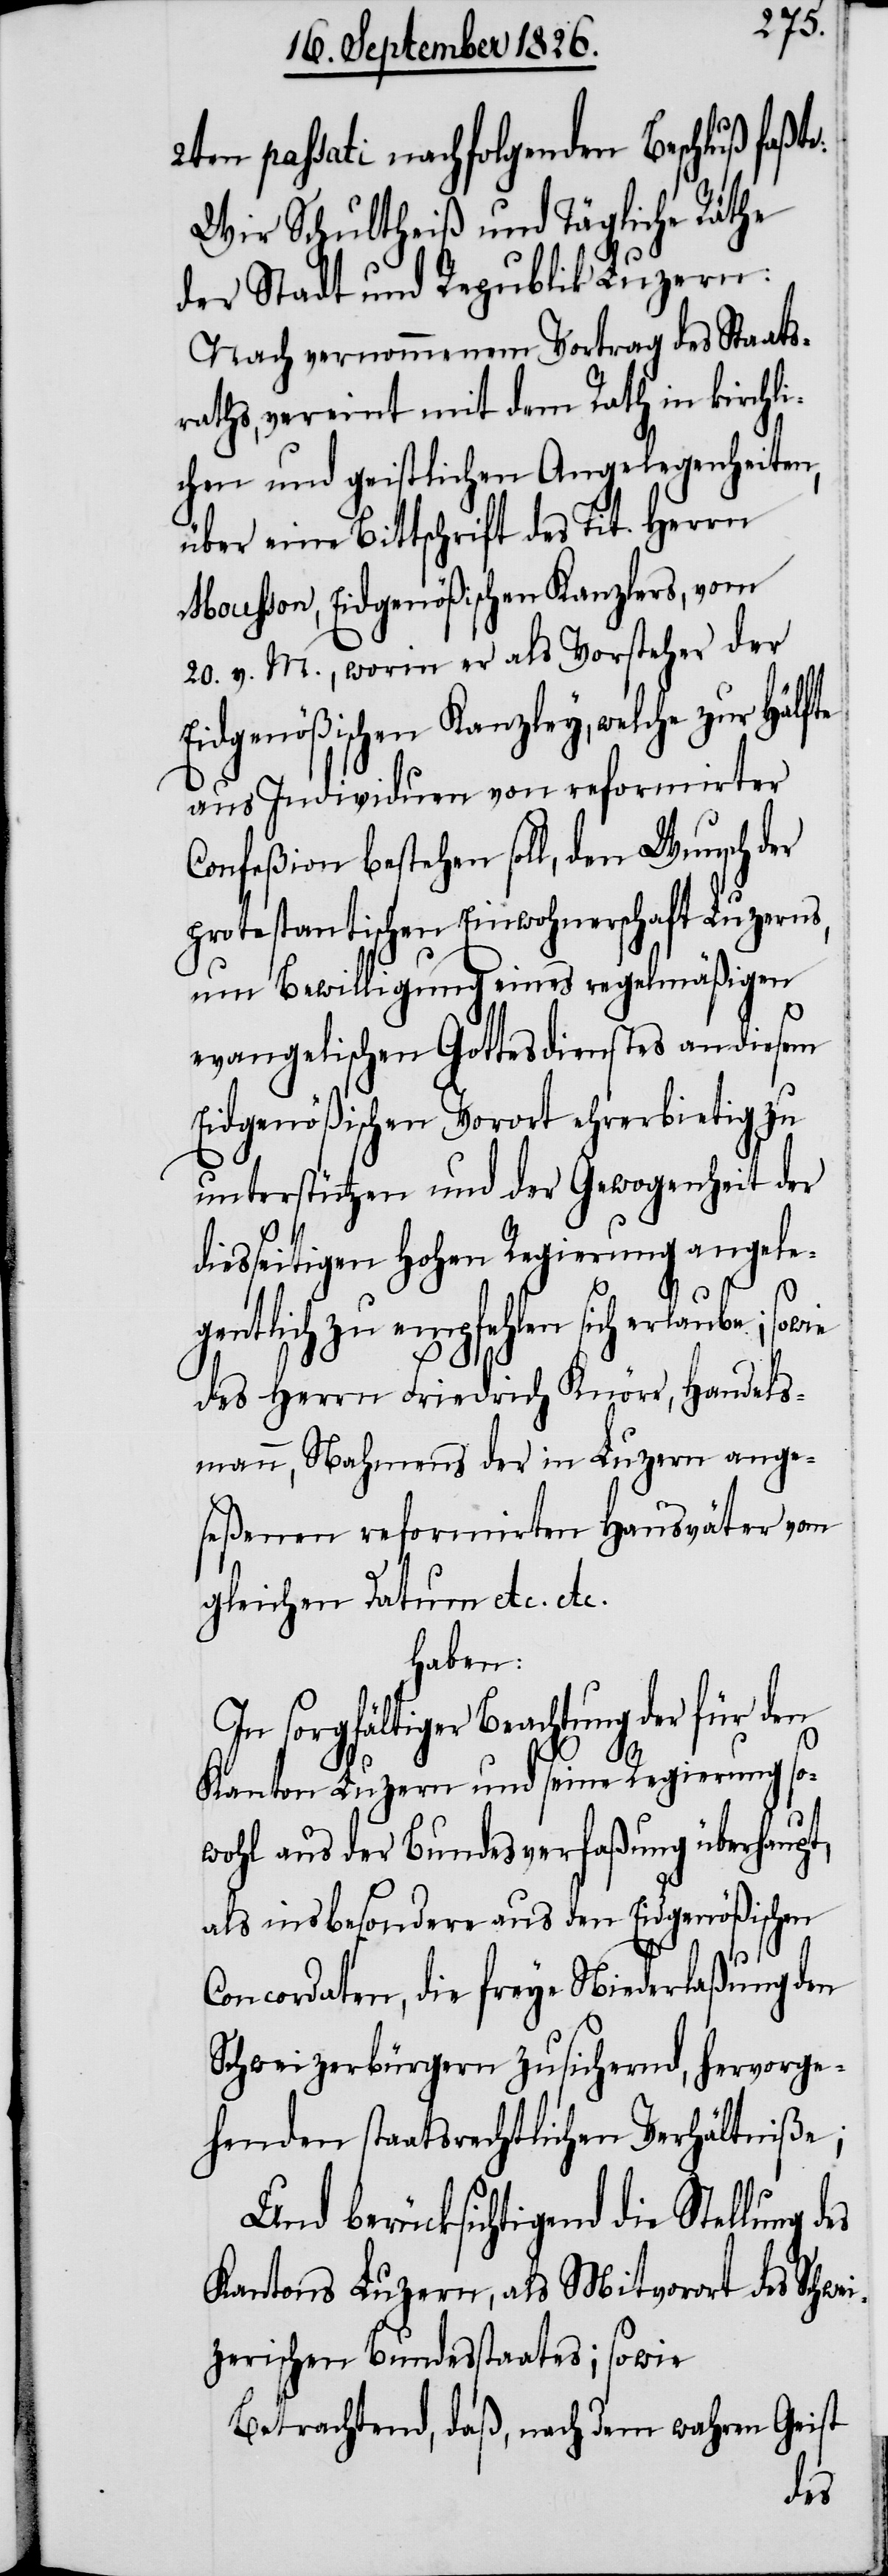
2ten passati nachfolgenden Beschluß faßte:
Wir Schultheiß und Tägliche Räthe
der Stadt und Republik Luzern:
Nach vernommenem Vortrag des Staats¬
raths, vereint mit dem Rath in kirchli¬
chen und geistlichen Angelegenheiten,
über eine Bittschrift des Tit. Herrn
Mousson, Eidgenößischen Kanzlers, vom
20. v. M., worin er als Vorsteher der
Eidgenößischen Kanzley, welche zur Hälf¬
aus Individuen von reformirter
Confeßion bestehen soll, den Wunsch der
protestantischen Einwohnerschaft Luzerns,
um Bewilligung eines regelmäßigen
evangelischen Gottesdienstes an diesem
Eidgenößischen Vorort ehrerbietig zu
unterstützen und der Gewogenheit der
diesseitigen hohen Regierung angele¬
gentlich zu empfehlen sich erlaube;
des Herrn Friedrich Knörr, Handels¬
mann, Nahmens der in Luzern ange¬
seßenen reformirten Hausväter vom
gleichen Datum etc. etc.
haben:
sorgfältiger Beachtung der für
Kanton Luzern und seine Regierung so¬
wohl aus der Bundesverfaßung überhaupt,
als insbesondere aus den Eidgenößischen
Concordaten, die freye Niederlaßung den
Schweizerbürgern zusichernd, hervorge¬
henden staatsrechtlichen Verhältniße;
Und berücksichtigend die Stellung
Kantons Luzern, als Mitvorort des Schwe¬
izerischen Bundesstaates; sowie
Betrachtend, daß, nach dem wahren Geist
des